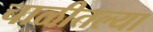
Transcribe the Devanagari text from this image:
चाळीतल्या